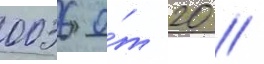
0036 о́т 20 //